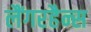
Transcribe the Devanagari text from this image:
लैंगरहैन्स